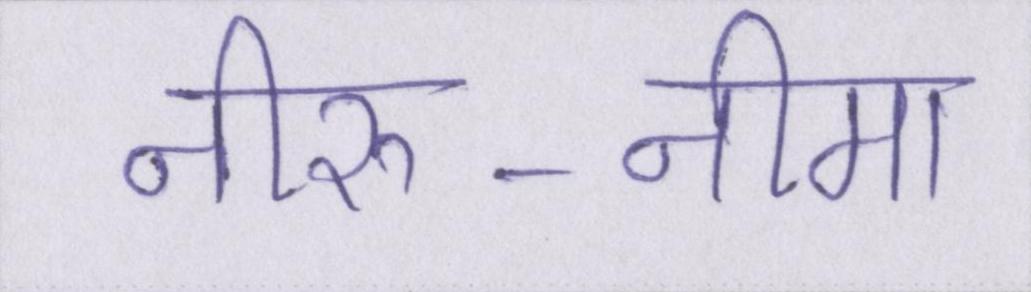
नीरु-नीमा